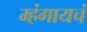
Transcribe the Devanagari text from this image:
म्हंगायचं